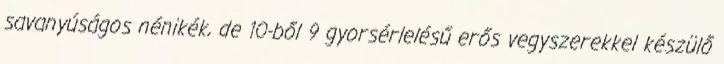
savanyúságos nénikék, de 10-ből 9 gyorsérlelésű erős vegyszerekkel készülő